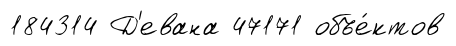
184314 Д'евана 47171 объе́ктов